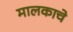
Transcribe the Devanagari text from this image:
मालकाचे